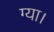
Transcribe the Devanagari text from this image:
ग्या।